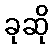
ခုဆို